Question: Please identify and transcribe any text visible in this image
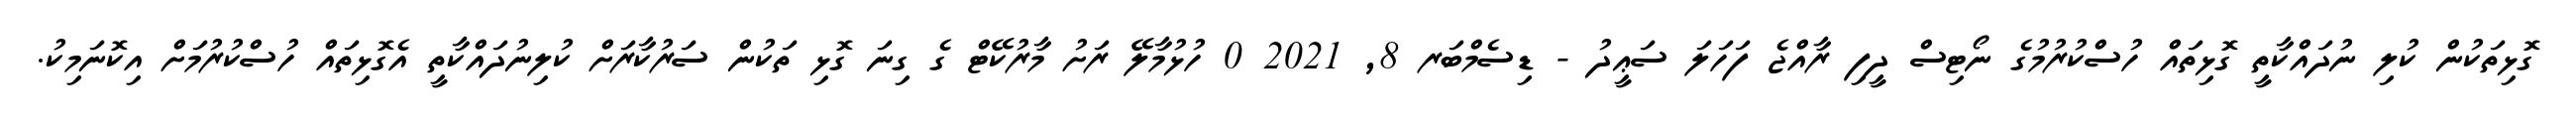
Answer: ގޮޅިތަކުން ކުލި ނުދައްކާތީ ގޮޅިތައް ހުސްކުރުމުގެ ނޯޓިސް ދީފި ރާއްޖެ ފަހަލަ ސަޢީދު - ޑިސެމްބަރ 8, 2021 0 ހުޅުމާލޭ ރަށު މާރުކޭޓް ގެ ގިނަ ގޮޅި ތަކުން ސަރުކާރަށް ކުލިނުދައްކާތީ އެގޮޅިތައް ހުސްކުރުމަށް އިކޮނަމިކު.